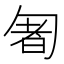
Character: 𠣰